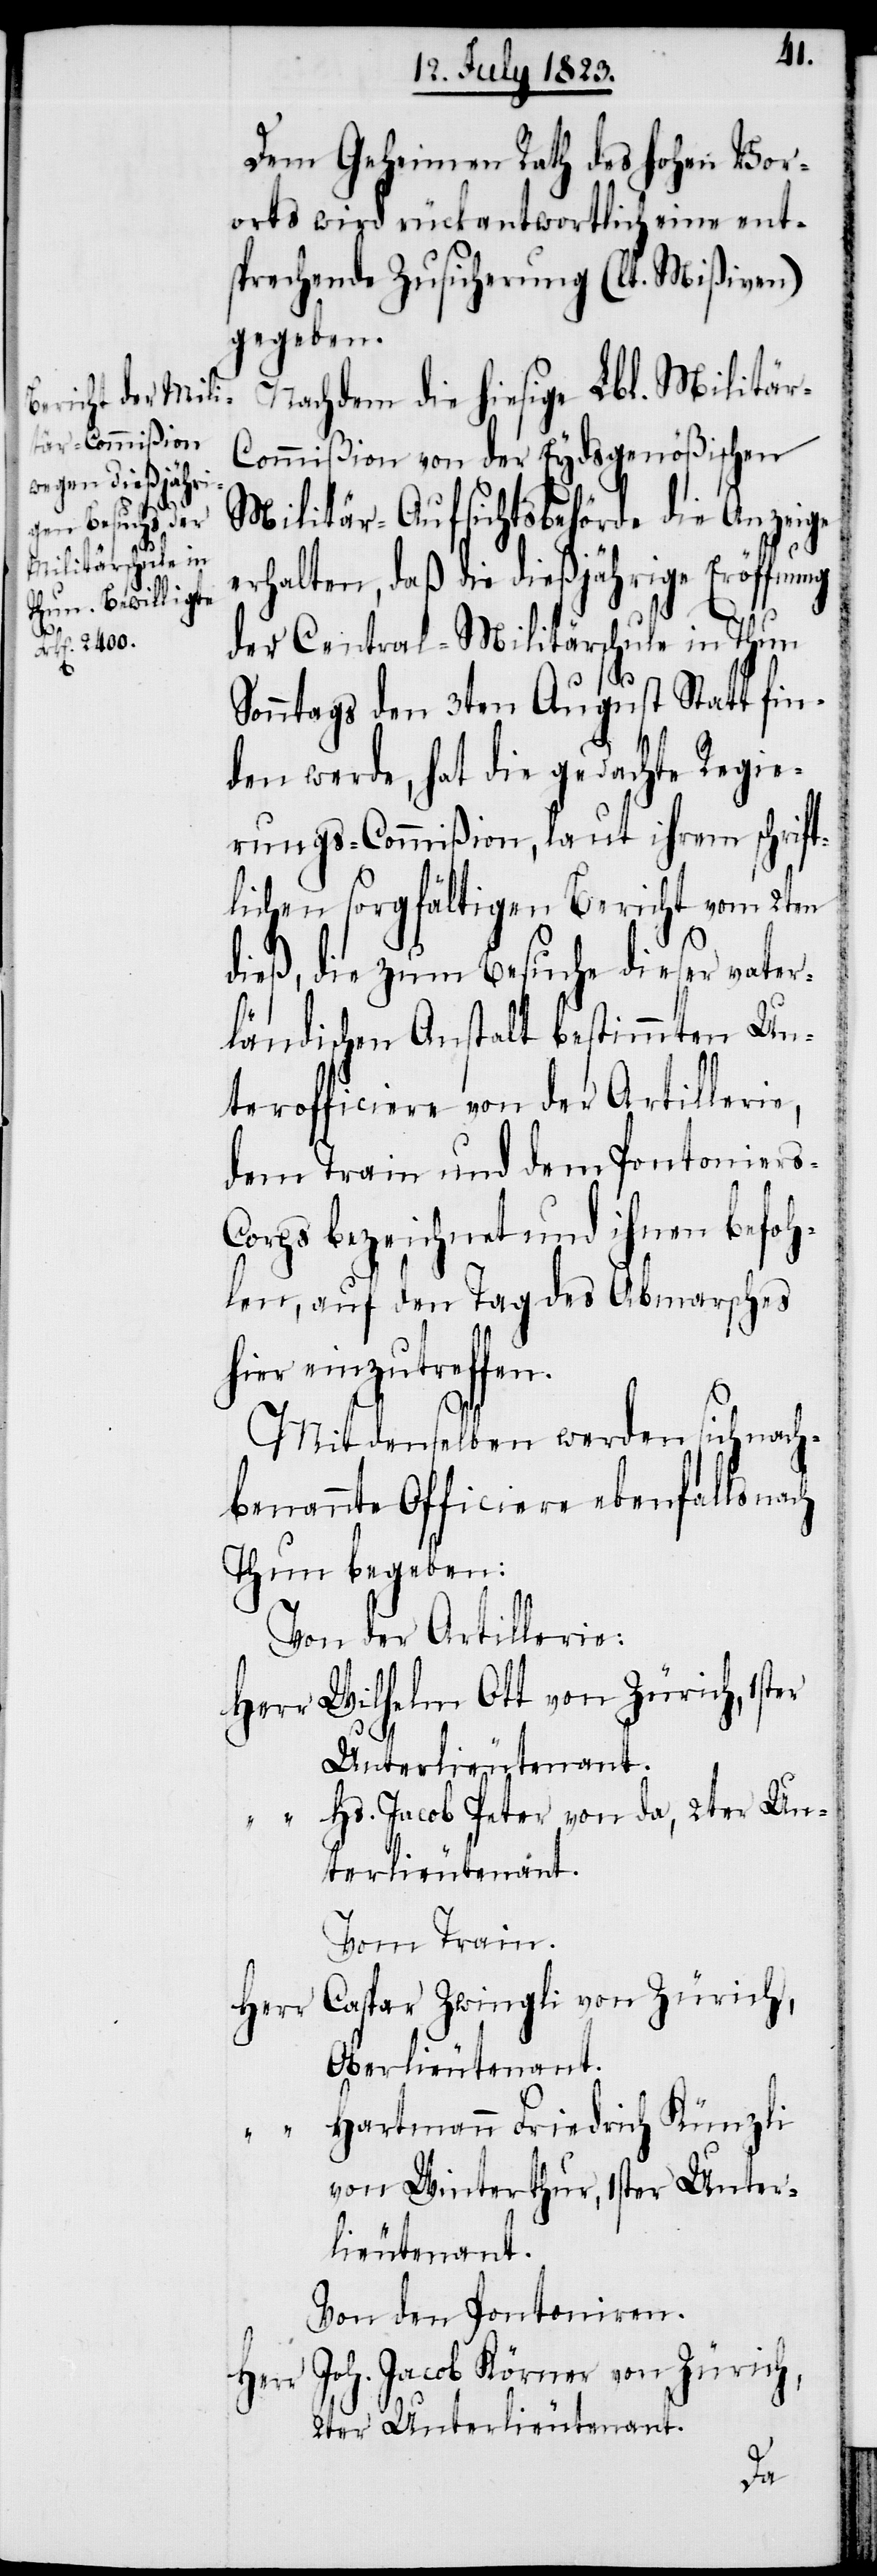
Dem Geheimen Rath des hohen Vor¬
orts wird rückantwortlich eine ent¬
sprechende Zusicherung (lt. Mißiven)
gegeben.
Nachdem die hiesige Lbl. Militä¬
r-Commißion von der Eydsgenößischen
Militär-Aufsichtsbehörde die Anzeige
erhalten, daß die dießjährige Eröffnung
der Central-Militärschule in Thun
Sonntags den 3ten August Statt fin¬
den werde, hat die gedachte Regie¬
rungs-Commißion, laut ihrem schrift¬
lichen sorgfältigen Bericht vom 2ten
dieß, die zum Besuche dieser vater¬
ländischen Anstalt bestimmten Un¬
terofficiere von der Artilleri¬
dem Train und dem Pontoniers-C¬
orps bezeichnet und ihnen befoh¬
len, auf den Tag des Abmarsches
hier einzutreffen.
Mit denselben werden sich nach¬
benannte Officiere ebenfalls nach
Thun begeben:
Von der Artillerie:
Herr Wilhelm Ott von Zürich, 1ster
Unterlieutenant.
Hs. Jacob Peter von da, 2ter Un¬
terlieutenant.
Vom Train.
Caspar Zwingli von Zürich,
Oberlieutenant.
Hartmann Friedrich Künzli
von Winterthur, 1ster Unter¬
lieutenant.
Von den Pontoniren.
e,
Joh. Jacob Körner von Zürich,
Herr
2ter Unterlieutenant.